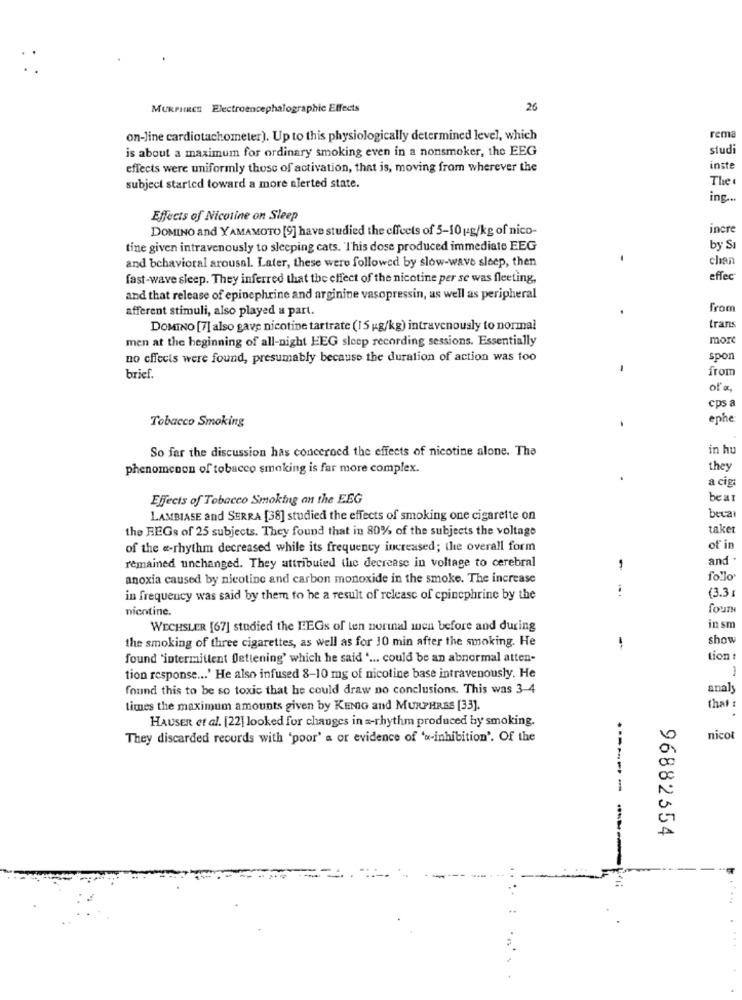
MURPHRES Electroencephalographic Effects
26
on-line cardiotachometer). Up to this physiologically determined level, which
rema
is about a maximum for ordinary smoking even in a nonsmoker, the EEG
studi
effects were uniformly those of activation, that is, moving from wherever the
inste
The
subject started toward a more alerted state.
inc ...
Effects of Nicotine on Sleep
DOMINO and YAMAMOTO [9] have studied the effects of 5-10 ug/kg of nico-
incre
tine given intravenously to sleeping cats. 'I'his dose produced immediate EEG
by Sı
and behavioral arousal. Later, these were followed by slow-wave sleep, then
chan
fast-wave sleep. They inferred that the effect of the nicotine per se was fleeting,
effec
and that release of epinephrine and arginine vasopressin, as well as peripheral
afferent stimuli, also played a part.
from
DOMINO [7] also gave nicotine tartrate (15 kg/kg) intravenously to normal
trans
men at the beginning of all-night EEG sleep recording sessions. Essentially
more
no effects were found, presumably because the duration of action was too
spon
from
brief.
of a,
cps a
Tobacco Smoking
ephe
So far the discussion has concerned the effects of nicotine alone. Tha
in hu
phenomenon of tobacco smoking is far more complex.
they
a cig:
Effects of Tobacco Smoking an the EEG
bear
LAMBIASE and SERRA [38] studied the effects of smoking one cigarette on
becai
the REGs of 25 subjects. They found that in 80% of the subjects the voltage
taket
of the a-rhythm decreased while its frequency increased; the overall form
of in
remained unchanged. They attributed the decrease in voltage to cerebral
and
1
anoxia caused by nicotine and carbon monoxide in the smoke. The increase
fo"lo
(3.3)
in frequency was said by them to be a result of release of cpinephrine by the
nicotine.
four
WECHSLER [67] studiedi the EEGs of ten normal much before and during
in sm
the smoking of three cigarettes, as well as for 10 min after the smoking. He
show
found 'intermittent Dettening' which he said ' ... could be an abnormal atten-
tion :
-
tion response ... ' He also infused 8-10 mg of nicotine base intravenously. He
found this to be so toxic that he could draw no conclusions. This was 3-4
analy
times the maximum amounts given by KENIG and MURPHRSS [33].
that
HAUSER et al. [22] looked for changes in =- rhythm produced by smoking.
They discarded records with 'poor' a or evidence of 'a-inhibition'. Of the
nicot
------
96882554